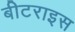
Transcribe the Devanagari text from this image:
बीटराइस